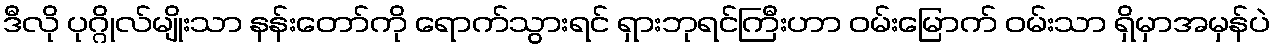
ဒီလို ပုဂ္ဂိုလ်မျိုးသာ နန်းတော်ကို ရောက်သွားရင် ရှားဘုရင်ကြီးဟာ ဝမ်းမြောက် ဝမ်းသာ ရှိမှာအမှန်ပဲ